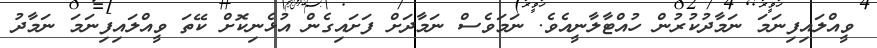
ވީއްލައިފިނަމަ ނަމާދުކުރުން ހުއްޓާލާނީއެވެ. ނަމަވެސް ނަމާދަށް ފަށައިގެން އުޅެނިކޮށް ކޭތަ ވީއްލައިފިނަމަ ނަމާދު